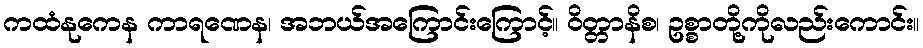
ကထံနုကေန ကာရဏေန၊ အဘယ်အကြောင်းကြောင့်။ ဝိတ္တာနိစ၊ ဥစ္စာတို့ကိုလည်းကောင်း။